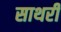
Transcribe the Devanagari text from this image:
साथरी